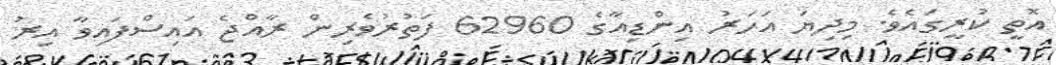
އޮތީ ކުރީގައެވެ. މިދިޔަ އަހަރު އިންޑިއާގެ 62960 ފަތުރުވެރިން ރާއްޖެ އައިސްފައިވާ އިރު